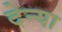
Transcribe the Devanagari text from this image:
देन्या